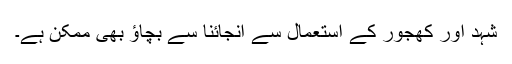
شہد اور کھجور کے استعمال سے انجائنا سے بچاؤ بھی ممکن ہے۔